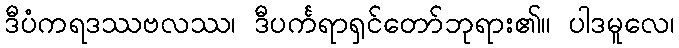
ဒီပံကရဒဿဗလဿ၊ ဒီပင်္ကရာရှင်တော်ဘုရား၏။ ပါဒမူလေ၊